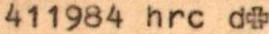
411984 hrc d+